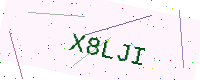
Text: X8LJI